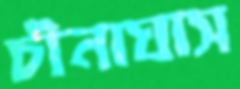
চীনাঘাস